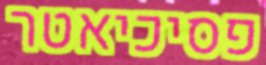
פסיכיאטר